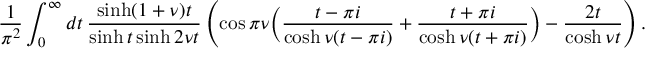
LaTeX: \frac { 1 } { \pi ^ { 2 } } \int _ { 0 } ^ { \infty } d t \, \frac { \sinh ( 1 + \nu ) t } { \sinh t \sinh 2 \nu t } \left( \cos \pi \nu \Bigl ( \frac { t - \pi i } { \cosh \nu ( t - \pi i ) } + \frac { t + \pi i } { \cosh \nu ( t + \pi i ) } \Bigr ) - \frac { 2 t } { \cosh \nu t } \right) .